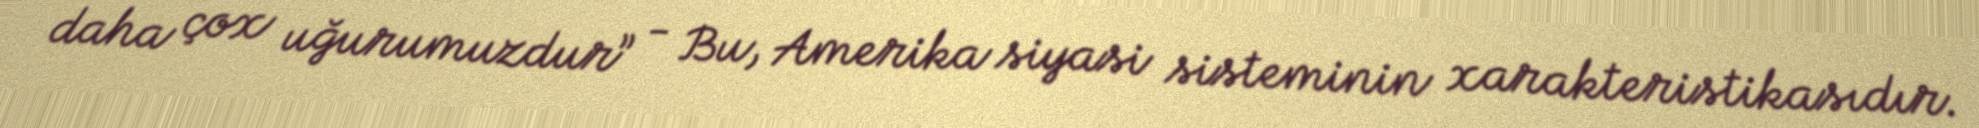
daha çox uğurumuzdur” - Bu, Amerika siyasi sisteminin xarakteristikasıdır.